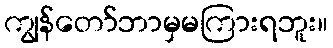
ကျွန်တော်ဘာမှမကြားရဘူး။